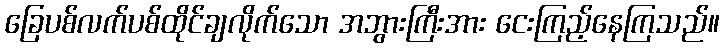
ခြေပစ်လက်ပစ်ထိုင်ချလိုက်သော အဘွားကြီးအား ငေးကြည့်နေကြသည်။